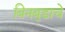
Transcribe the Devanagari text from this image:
बिनबुडाचे